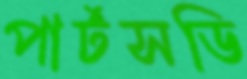
পার্টসডি